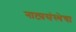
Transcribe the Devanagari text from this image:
नाट्यसंस्थेचा